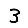
Digit: 3